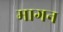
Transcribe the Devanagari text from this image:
मागन